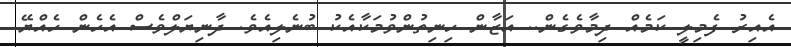
އެއިރު ފެމިލީ ކަމެއް ދިމާވެގެން.. އަޒާން ހިނިތުންވުމަކާއެކު ބުނެލިއެވެ. ދާނިޔަލްވެސް އެހެން ހެއްޔޭ